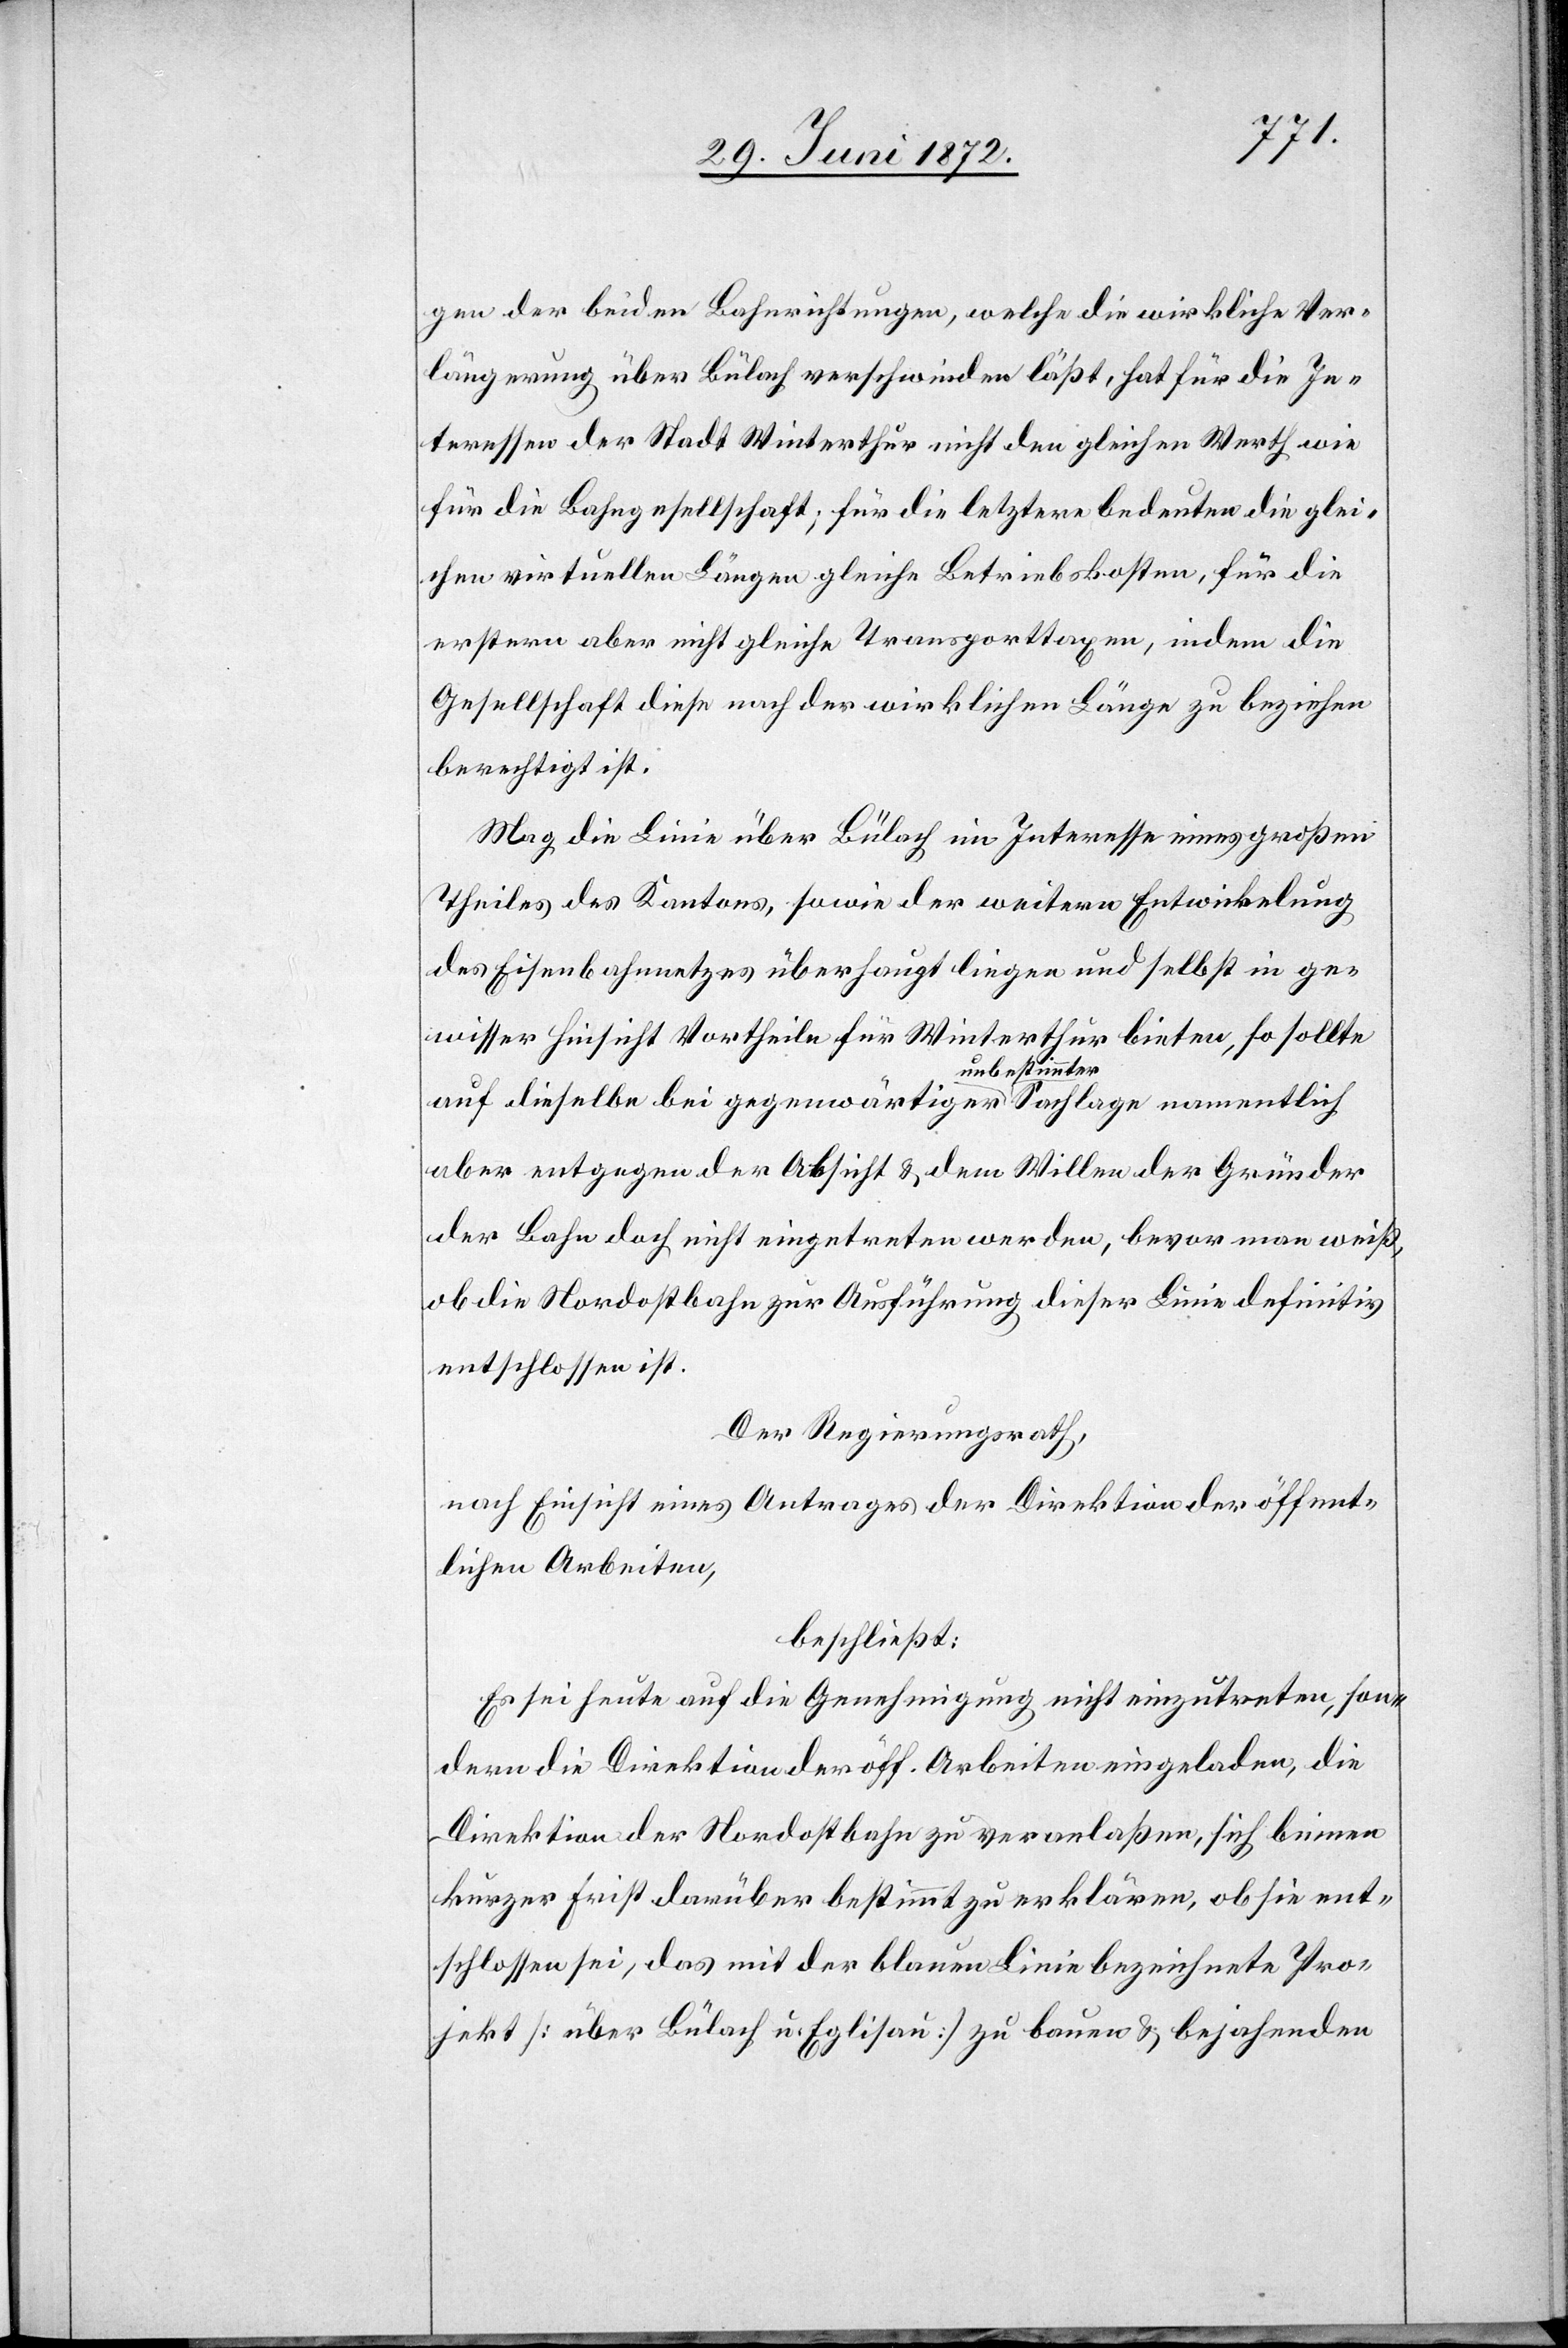
gen der beiden Bahnrichtungen, welche die wirkliche Ver¬
längerung über Bülach verschwinden läßt, hat für die In¬
teressen der Stadt Winterthur nicht den gleichen Werth wie
für die Bahngesellschaft; für die letztere bedeuten die glei¬
chen virtuellen Längen gleiche Betriebskosten, für die
erstern aber nicht gleiche Transporttaxen, indem die
Gesellschaft diese nach der wirklichen Länge zu beziehen
berechtigt ist.
Mag die Linie über Bülach im Interesse eines großen
Theiles des Kantons, sowie der weitern Entwickelung
des Eisenbahnnetzes überhaupt liegen und selbst in ge¬
wisser Hinsicht Vortheile für Winterthur bieten, so sollte
auf dieselbe bei gegenwärtiger unbestimmter Sachlage namentlich
aber entgegen der Absicht u. dem Willen der Gründer
der Bahn doch nicht eingetreten werden, bevor man weiß,
ob die Nordostbahn zur Ausführung dieser Linie definitv
entschlossen ist.
Der Regierungsrath,
nach Einsicht eines Antrages der Direktion der öffent¬
lichen Arbeiten,
beschließt:
Es sei heute auf die Genehmigung nicht einzutreten, son¬
dern die Direktion der öff. Arbeiten eingeladen, die
Direktion der Nordostbahn zu veranlaßen, sich binnen
kurzer Frist darüber bestimmt zu erklären, ob sie ent¬
schlossen sei, das mit der blauen Linie bezeichnete Pro¬
jekt [über Bülach u. Eglisau] zu bauen u. bejahenden